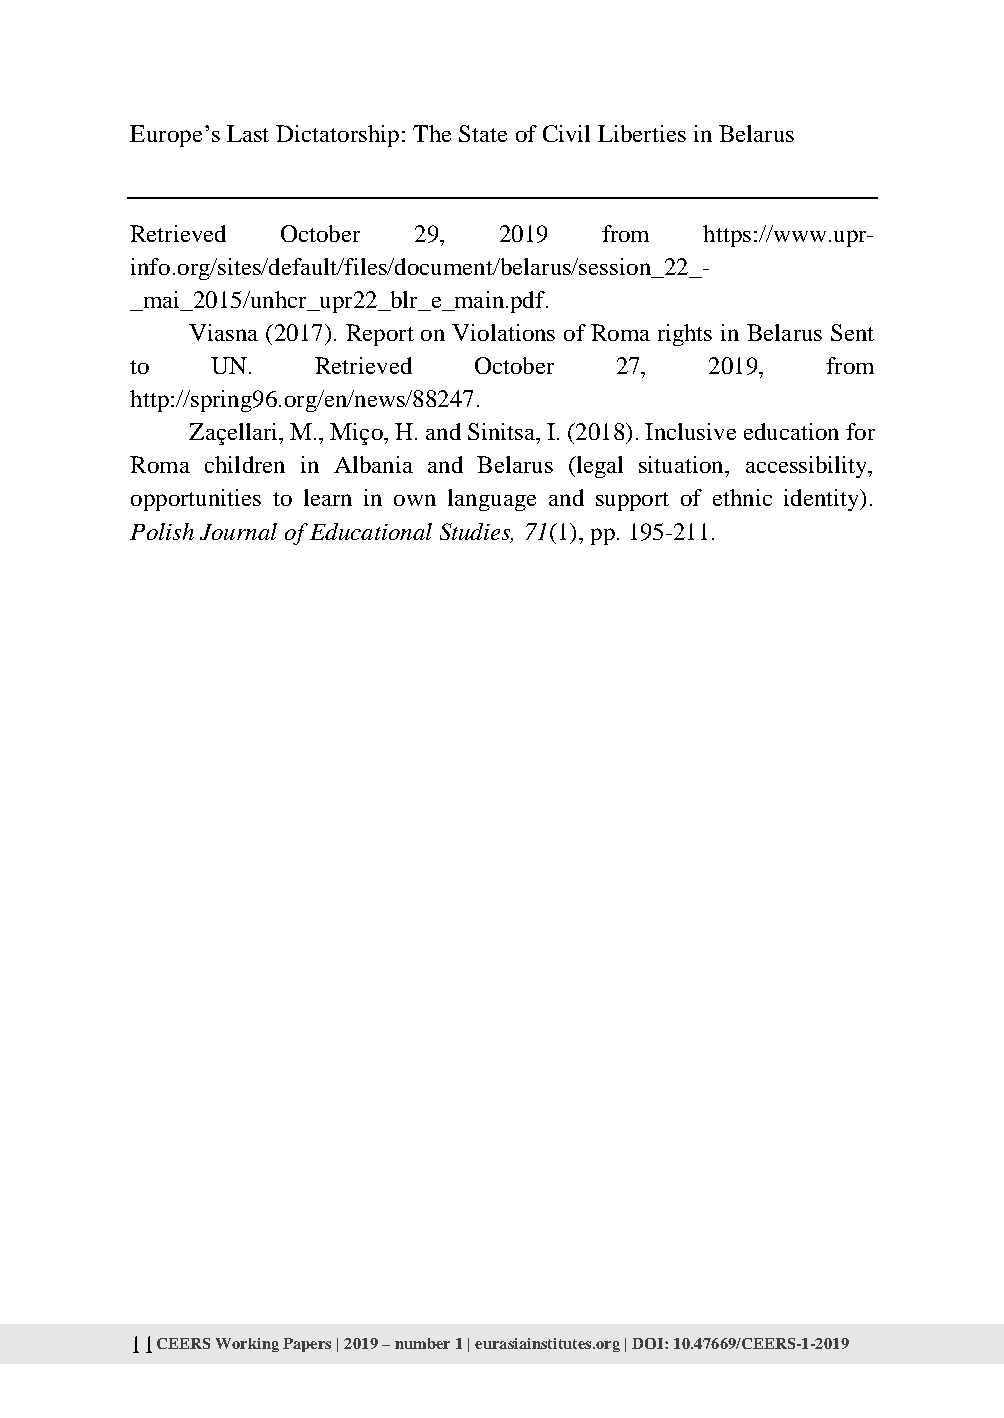
Europe’s Last Dictatorship: The State of Civil Liberties in Belarus
 Retrieved October 29,   2019   from   https://www.upr-
 info.org/sites/default/files/document/belarus/session_22_-
 _mai_2015/unhcr_upr22_blr_e_main.pdf.
 Viasna (2017). Report on Violations of Roma rights in Belarus Sent
 to   UN.    Retrieved October   27,   2019,   from
 http://spring96.org/en/news/88247.
 Zaçellari, M., Miço, H. and Sinitsa, I. (2018). Inclusive education for
 Roma children in Albania and Belarus (legal situation, accessibility,
 opportunities to learn in own language and support of ethnic identity).
 Polish Journal of Educational Studies, 71(1), pp. 195-211.
 11 CEERS Working Papers | 2019 – number 1 | eurasiainstitutes.org | DOI: 10.47669/CEERS-1-2019